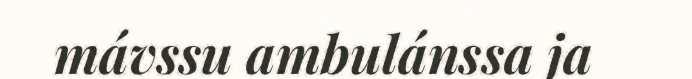
mávssu ambulánssa ja